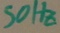
Text: 50Hz